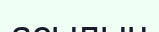
асылын